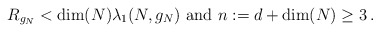
\begin{align*}R_{g_N}<\hbox{dim}(N)\lambda_1(N,g_N)\hbox{ and }n:=d+\hbox{dim}(N)\geq 3\,.\end{align*}